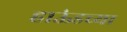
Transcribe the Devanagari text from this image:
हाऊंडच्या